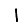
Digit: 1